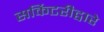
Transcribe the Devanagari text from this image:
सर्किटरीद्वारे